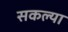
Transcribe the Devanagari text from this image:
सकल्या